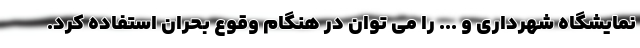
نمایشگاه شهرداری و ... را می توان در هنگام وقوع بحران استفاده کرد.